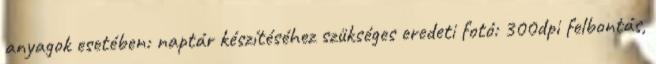
anyagok esetében: naptár készítéséhez szükséges eredeti fotó: 300dpi felbontás,